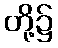
တို့၌